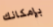
بإمكانك